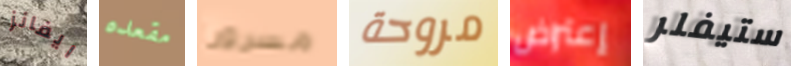
ايفانز مقعده مسرورا مروحة إعتراض ستيفلر